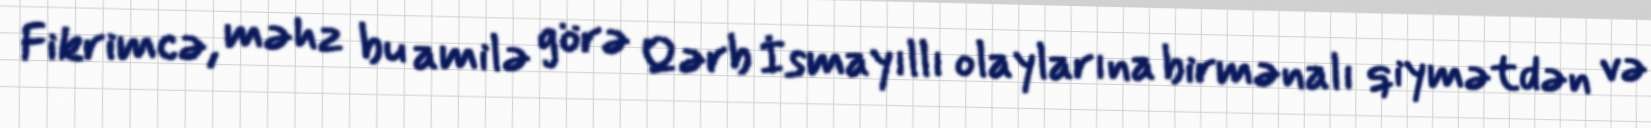
Fikrimcə, məhz bu amilə görə Qərb İsmayıllı olaylarına birmənalı qiymətdən və